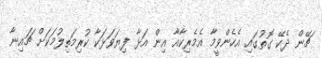
ޗޭން ދެކޭ ގޮތުގައި އެހެންވީމާ އެމެރިކާއާ އިން އަޅާ ފިޔަވަޅަކާ ކުރިމަތިލުމަކަށް ޗައިނާ